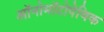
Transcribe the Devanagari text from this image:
ऑनोमॉटोपेथिक